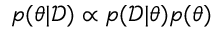
p ( \theta | \mathcal { D } ) \propto p ( \mathcal { D } | \theta ) p ( \theta )